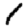
Digit: 1